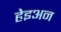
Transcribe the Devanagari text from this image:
हेइअन